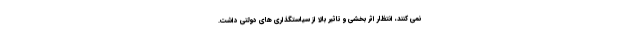
نمی کنند، انتظار اثر بخشی و تاثیر بالا از سیاستگذاری های دولتی داشت.